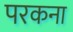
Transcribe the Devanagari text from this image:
परकना